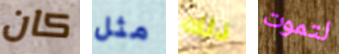
كان مثل ذلك لتموت